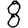
Digit: 8